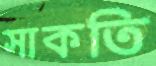
সাকতি